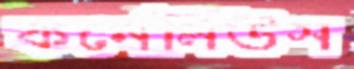
কর্নেলিউস